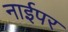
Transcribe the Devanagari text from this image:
नाईपर